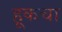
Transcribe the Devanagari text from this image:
हूकचा